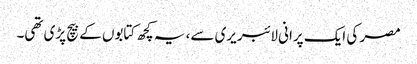
مصر کی ایک پرانی لائبریری سے، یہ کچھ کتابوں کے بیچ پڑی تھی۔